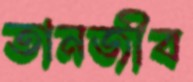
তানজীব